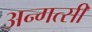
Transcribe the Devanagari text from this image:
अन्गत्सी